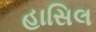
હાસિલ